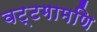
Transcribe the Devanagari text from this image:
वट्टगामणि